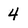
Character: 4